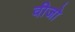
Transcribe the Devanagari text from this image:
वीजो